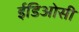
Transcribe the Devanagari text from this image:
ईडिओसी